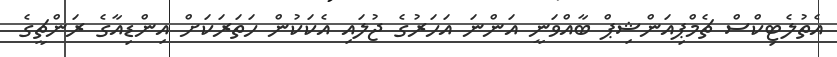
އެތުލެޓިކްސް ޗެމްޕިއަންޝިޕް ބާއްވަނީ އަންނަ އަހަރުގެ ޖުލައި އެކަކުން ހަތަރަކަށް އިންޑިއާގެ ރަންޗީގެ